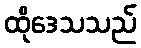
ထိုဒေသသည်